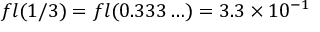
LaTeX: f l ( 1 / 3 ) = f l ( 0 . 3 3 3 \ldots ) = 3 . 3 \times 1 0 ^ { - 1 }